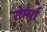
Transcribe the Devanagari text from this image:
रोमर्रा